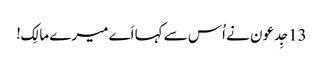
13جِدعو ن نے اُس سے کہا اَے میرے مالِک!